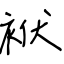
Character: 袱